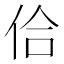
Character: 佮